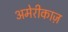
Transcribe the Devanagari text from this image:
अमेरीकाज़